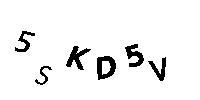
5SKD5V